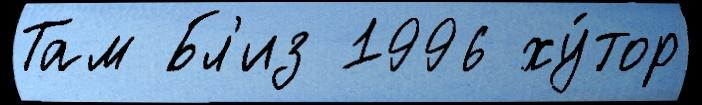
Там Бл'из 1996 ху́тор